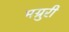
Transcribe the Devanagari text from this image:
मग्रुरी